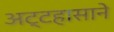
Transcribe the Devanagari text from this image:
अट्टहासाने